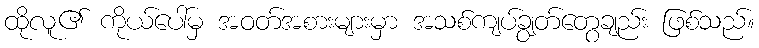
ထိုလူ၏ ကိုယ်ပေါ်မှ အဝတ်အစားများမှာ အသစ်ကျပ်ချွတ်တွေချည်း ဖြစ်သည်။